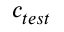
c _ { t e s t }